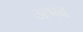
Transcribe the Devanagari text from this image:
अभव